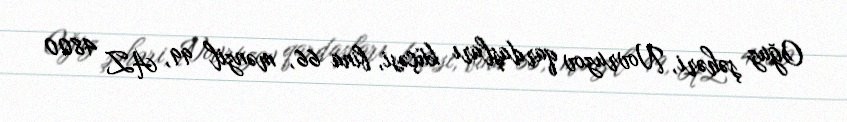
Oğuz şəhəri, Novruzov qardaşları küçəsi, bina 66, mənzil 99, AZ 4800